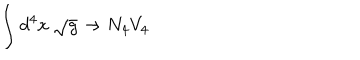
\int d ^ { 4 } x \ \sqrt { g } \rightarrow N _ { 4 } V _ { 4 }